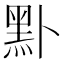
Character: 𪐙